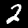
Digit: 2